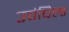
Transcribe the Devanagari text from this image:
उवंचिल्ड